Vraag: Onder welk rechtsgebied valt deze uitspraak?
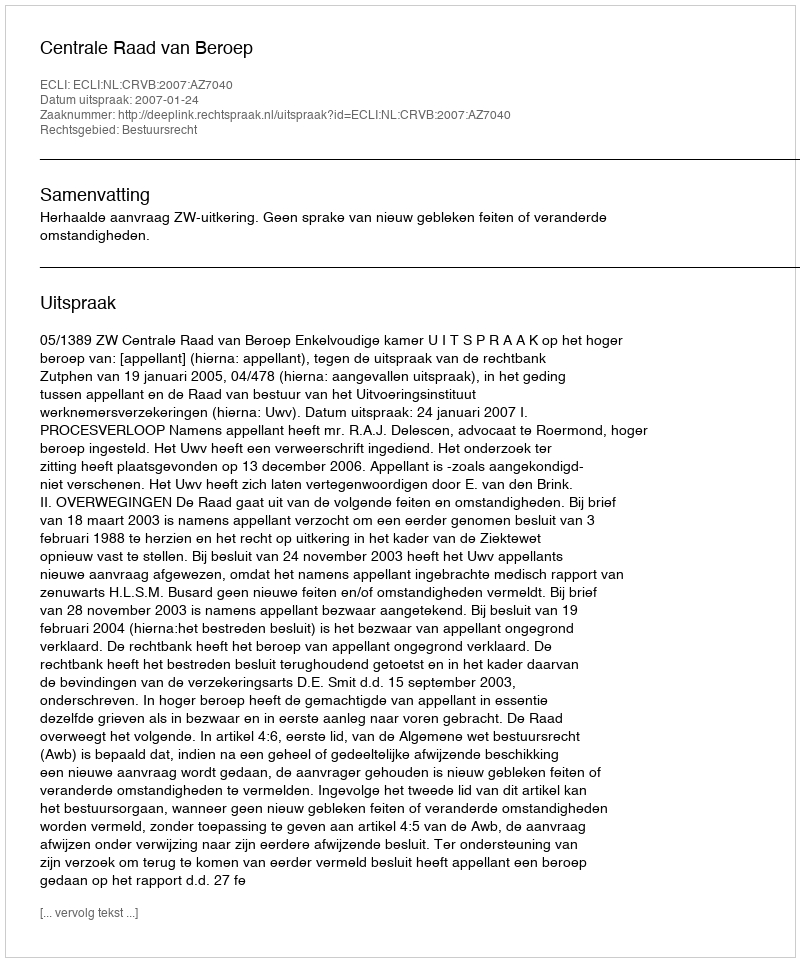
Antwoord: Bestuursrecht